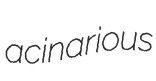
acinarious